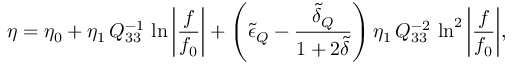
\eta = \eta _ { 0 } + \eta _ { 1 } \, Q _ { 3 3 } ^ { - 1 } \, \ln { \bigg | \frac { f } { f _ { 0 } } \bigg | } + \left( \tilde { \epsilon } _ { Q } - \frac { \tilde { \delta } _ { Q } } { 1 + 2 \tilde { \delta } } \right) \eta _ { 1 } \, Q _ { 3 3 } ^ { - 2 } \, \ln ^ { 2 } { \bigg | \frac { f } { f _ { 0 } } \bigg | } ,